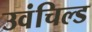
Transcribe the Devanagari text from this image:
उवंचिल्ड